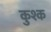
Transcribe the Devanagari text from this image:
कुश्क